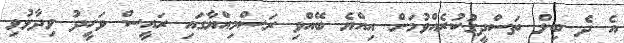
އެ ދެ ބިލް ތަސްދީގުކުރެއްވުމަށް އިއްޔެ ބޭއްވި ރަސްމިއްޔާގައި ރައީސް ވަހީދު ވިދާޅުވި